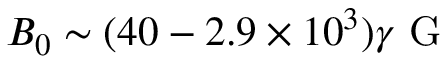
B _ { 0 } \sim ( 4 0 - 2 . 9 \times 1 0 ^ { 3 } ) \gamma \mathrm { ~ G ~ }